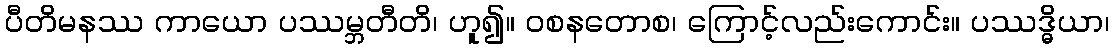
ပီတိမနဿ ကာယော ပဿမ္ဘတီတိ၊ ဟူ၍။ ဝစနတောစ၊ ကြောင့်လည်းကောင်း။ ပဿဒ္ဓိယာ၊